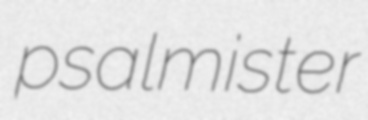
psalmister